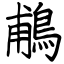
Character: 鵏